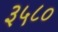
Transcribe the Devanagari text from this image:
३५८०